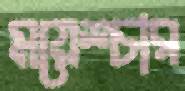
ময়েশ্চার